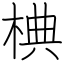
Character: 椣